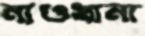
নাওখানা